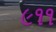
૯૧૧